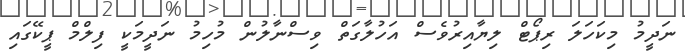
ނަދީމު މިކަހަލަ ރިޕޯޓް ލިޔާއިރުވެސް އަހުލާގަތް ވިސްނާލުން މުހިމު ނަދީމަކީ ފިލްމް ޕީކޭގައި